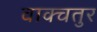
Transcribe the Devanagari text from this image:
वाक्चतुर